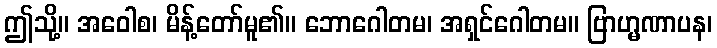
ဤသို့။ အဝေါစ၊ မိန့်တော်မူ၏။ ဘောဂေါတမ၊ အရှင်ဂေါတမ။ ဗြာဟ္မဏာပန၊